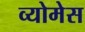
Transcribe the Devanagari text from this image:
व्योमेस